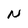
Character: N